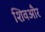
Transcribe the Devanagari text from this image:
शिवऔर